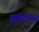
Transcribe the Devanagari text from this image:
हुताशन।